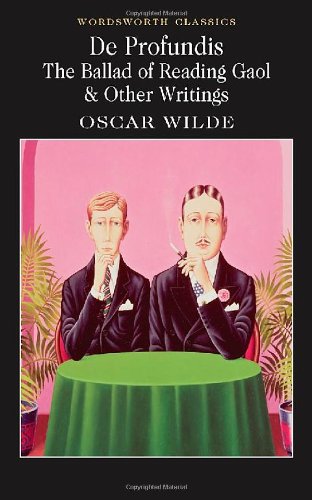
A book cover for De Profundis: The Ballad of Reading Gaol and Other Writings; Oscar Wilde; Gay & Lesbian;